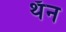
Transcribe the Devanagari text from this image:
थॅन